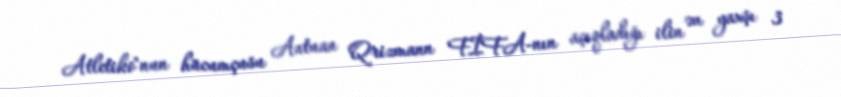
Atletiko"nun hücumçusu Antuan Qrizmann FİFA-nın açıqladığı ilin ən yaxşı 3